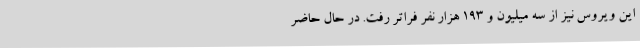
این ویروس نیز از سه میلیون و ۱۹۳ هزار نفر فراتر رفت. در حال حاضر